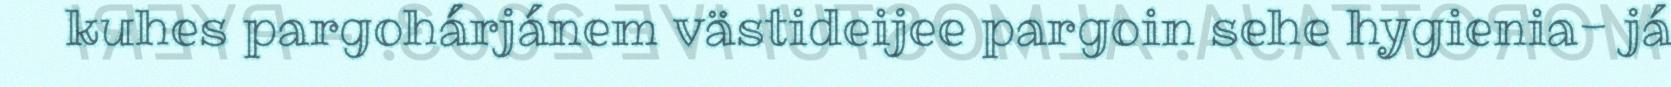
kuhes pargohárjánem västideijee pargoin sehe hygienia- já